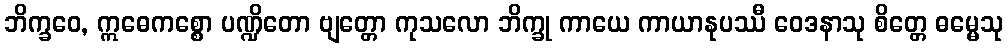
ဘိက္ခဝေ, ဣဓေကစ္စော ပဏ္ဍိတော ဗျတ္တော ကုသလော ဘိက္ခု ကာယေ ကာယာနုပဿီ ဝေဒနာသု စိတ္တေ ဓမ္မေသု